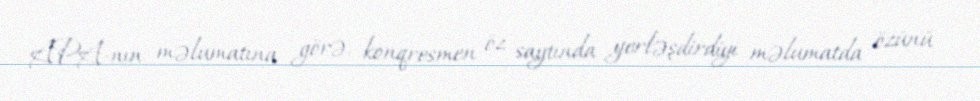
APA-nın məlumatına görə, konqresmen öz saytında yerləşdirdiyi məlumatda özünü